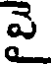
వై